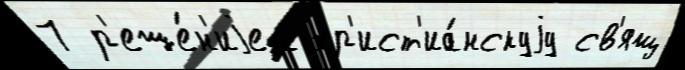
7 р'еше́н'иjем хр'ист'иа́нскуjу св'ящ